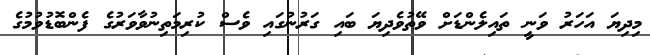
މިދިޔަ އަހަރު ވަނީ ތައިލެންޑަށް ވޭތުވެދިޔަ ބައި ގަރުނުގައި ވެސް ކުރިމަތިނުވާވަރުގެ ފެންބޮޑުވުމުގެ